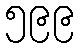
၅၉၉